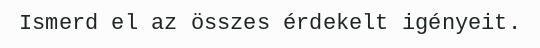
Ismerd el az összes érdekelt igényeit.